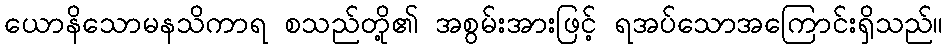
ယောနိသောမနသိကာရ စသည်တို့၏ အစွမ်းအားဖြင့် ရအပ်သောအကြောင်းရှိသည်။